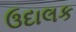
ઉદાલક